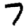
Digit: 7